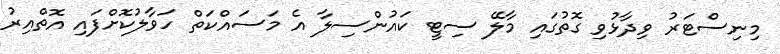
މިނިސްޓަރު ވިދާޅުވި ގޮތުގައި މާލޭ ސިޓީ ކައުންސިލާ އެ މަސައްކަތް ހަވާލުކޮށްފައި އޮތްއިރު